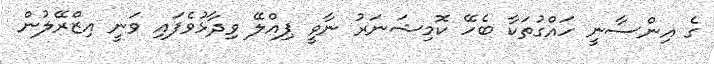
ގެ އިންސާނީ ހައްގުތަކާ ބެހޭ ކޮމިޝަނަރު ނާވީ ޕިއްލޭ ވިދާޅުވެފައި ވަނީ އިޒްރޭލުން